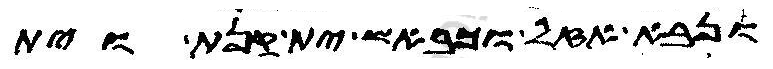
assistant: ונבא אזל וכבאש ית קנת וית